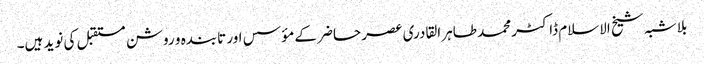
بلا شبہ شیخ الاسلام ڈاکٹر محمد طاہر القادری عصر حاضر کے مؤسس اور تابندہ و روشن مستقبل کی نوید ہیں۔